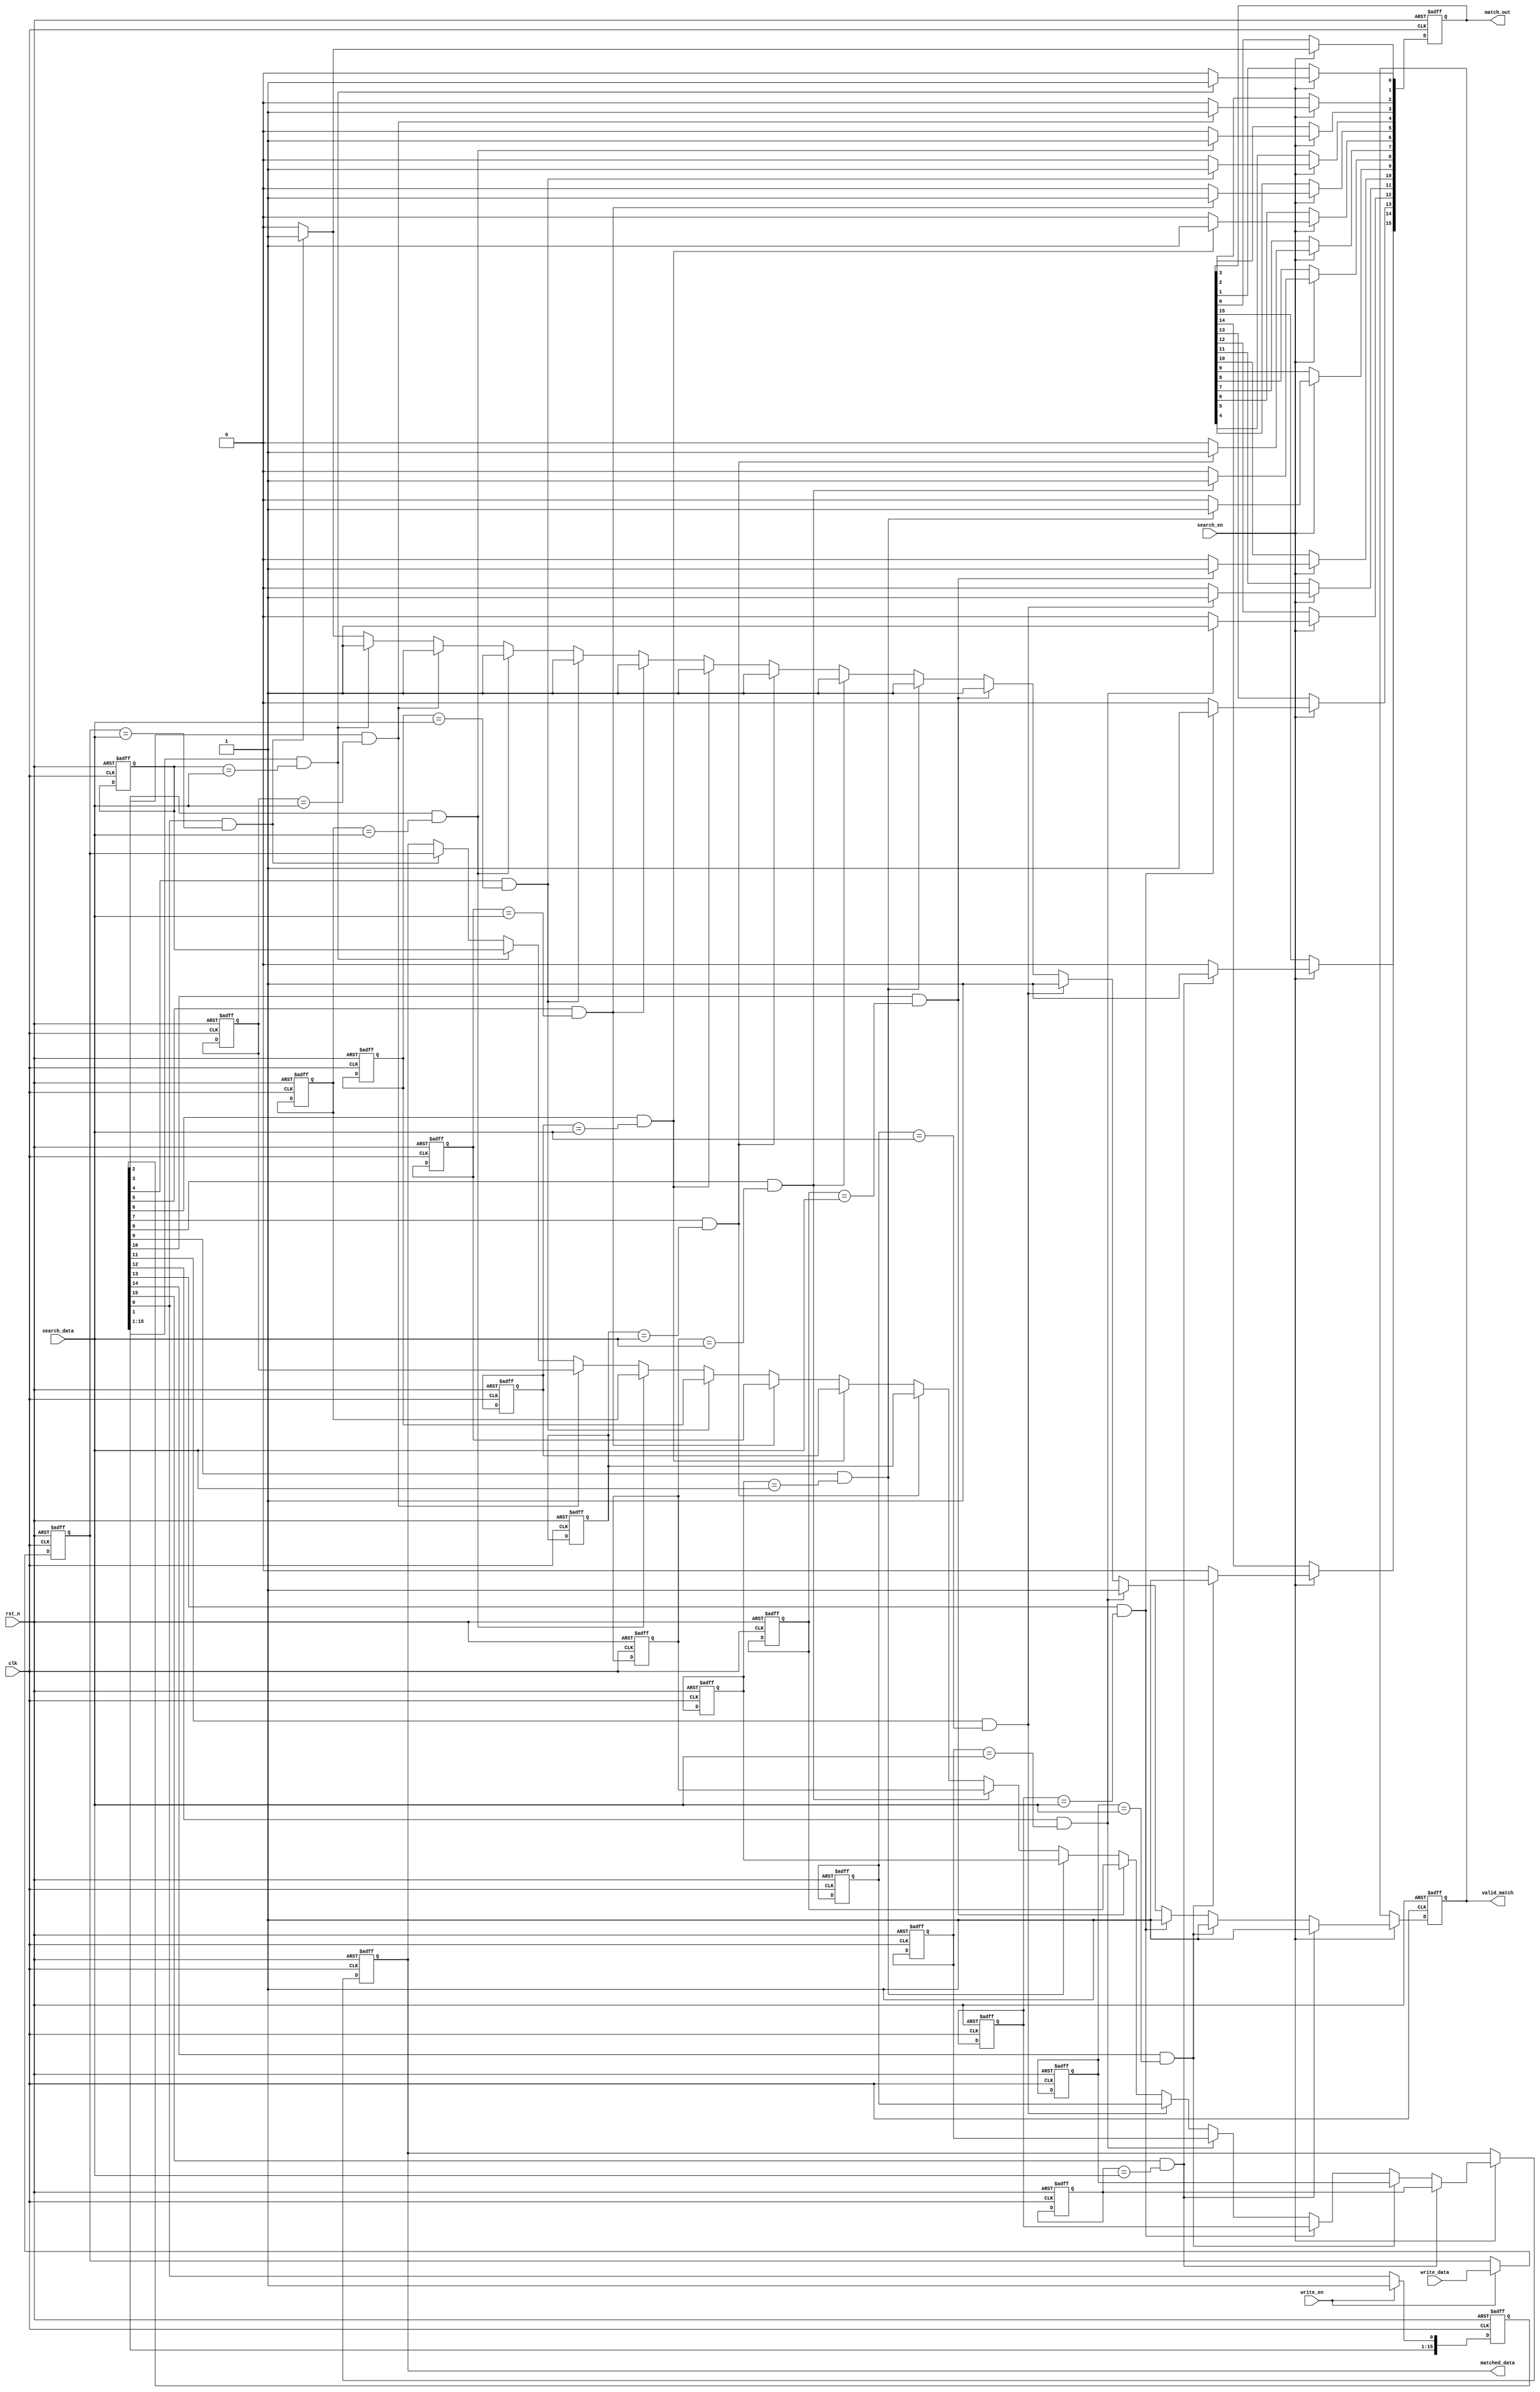
module cam #(
    parameter N = 8,      // Number of bits per entry
    parameter DEPTH = 16  // Number of entries in the CAM
)(
    input wire clk,
    input wire rst_n,
    input wire [N-1:0] search_data,
    input wire search_en,
    input wire [N-1:0] write_data,
    input wire write_en,
    output reg [DEPTH-1:0] match_out,
    output reg [N-1:0] matched_data,
    output reg valid_match
);

    // CAM storage array
    reg [N-1:0] cam_array [0:DEPTH-1];
    reg [DEPTH-1:0] valid_bits; // Validity bits for each entry

    integer i;

    // Asynchronous reset
    always @(posedge clk or negedge rst_n) begin
        if (!rst_n) begin
            // Initialize CAM entries and validity bits
            for (i = 0; i < DEPTH; i = i + 1) begin
                cam_array[i] <= {N{1'b0}};
                valid_bits[i] <= 1'b0;
            end
            match_out <= {DEPTH{1'b0}};
            matched_data <= {N{1'b0}};
            valid_match <= 1'b0;
        end else begin
            // Write operation
            if (write_en) begin
                cam_array[0] <= write_data; // For simplicity, writing to the first entry
                valid_bits[0] <= 1'b1;       // Mark as valid
            end

            // Search operation
            if (search_en) begin
                match_out <= {DEPTH{1'b0}}; // Clear previous matches
                valid_match <= 1'b0;        // Reset valid match flag

                // Check for matches
                for (i = 0; i < DEPTH; i = i + 1) begin
                    if (valid_bits[i] && (cam_array[i] == search_data)) begin
                        match_out[i] <= 1'b1; // Set match signal
                        valid_match <= 1'b1;   // Found at least one match
                        matched_data <= cam_array[i]; // Store matched data
                    end
                end
            end
        end
    end
endmodule